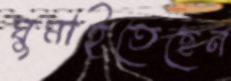
ঘুমাইতেছেন